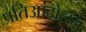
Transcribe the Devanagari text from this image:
प्रतिआंदोलन